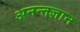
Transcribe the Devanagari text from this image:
अनन्तज्ञान